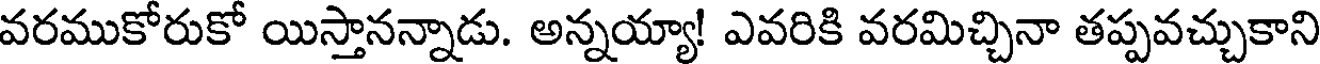
వరముకోరుకో యిస్తానన్నాడు. అన్నయ్యా! ఎవరికి వరమిచ్చినా తప్పవచ్చుకాని